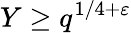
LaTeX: Y\geq q^{1/4+\varepsilon}